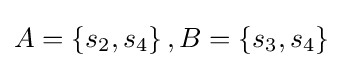
A=\left\{s_{2},s_{4}\right\},B=\left\{s_{3},s_{4}\right\}